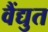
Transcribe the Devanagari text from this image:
वैंद्युत